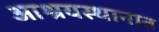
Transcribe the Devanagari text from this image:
आश्रयस्थानात